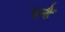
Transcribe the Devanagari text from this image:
इन्हैँ